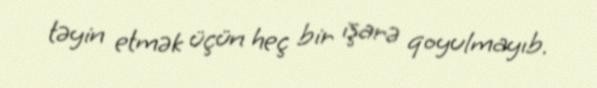
təyin etmək üçün heç bir işarə qoyulmayıb.